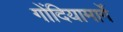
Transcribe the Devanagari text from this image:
गोंदियामार्गे